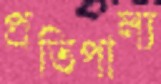
প্রতিপাল্য